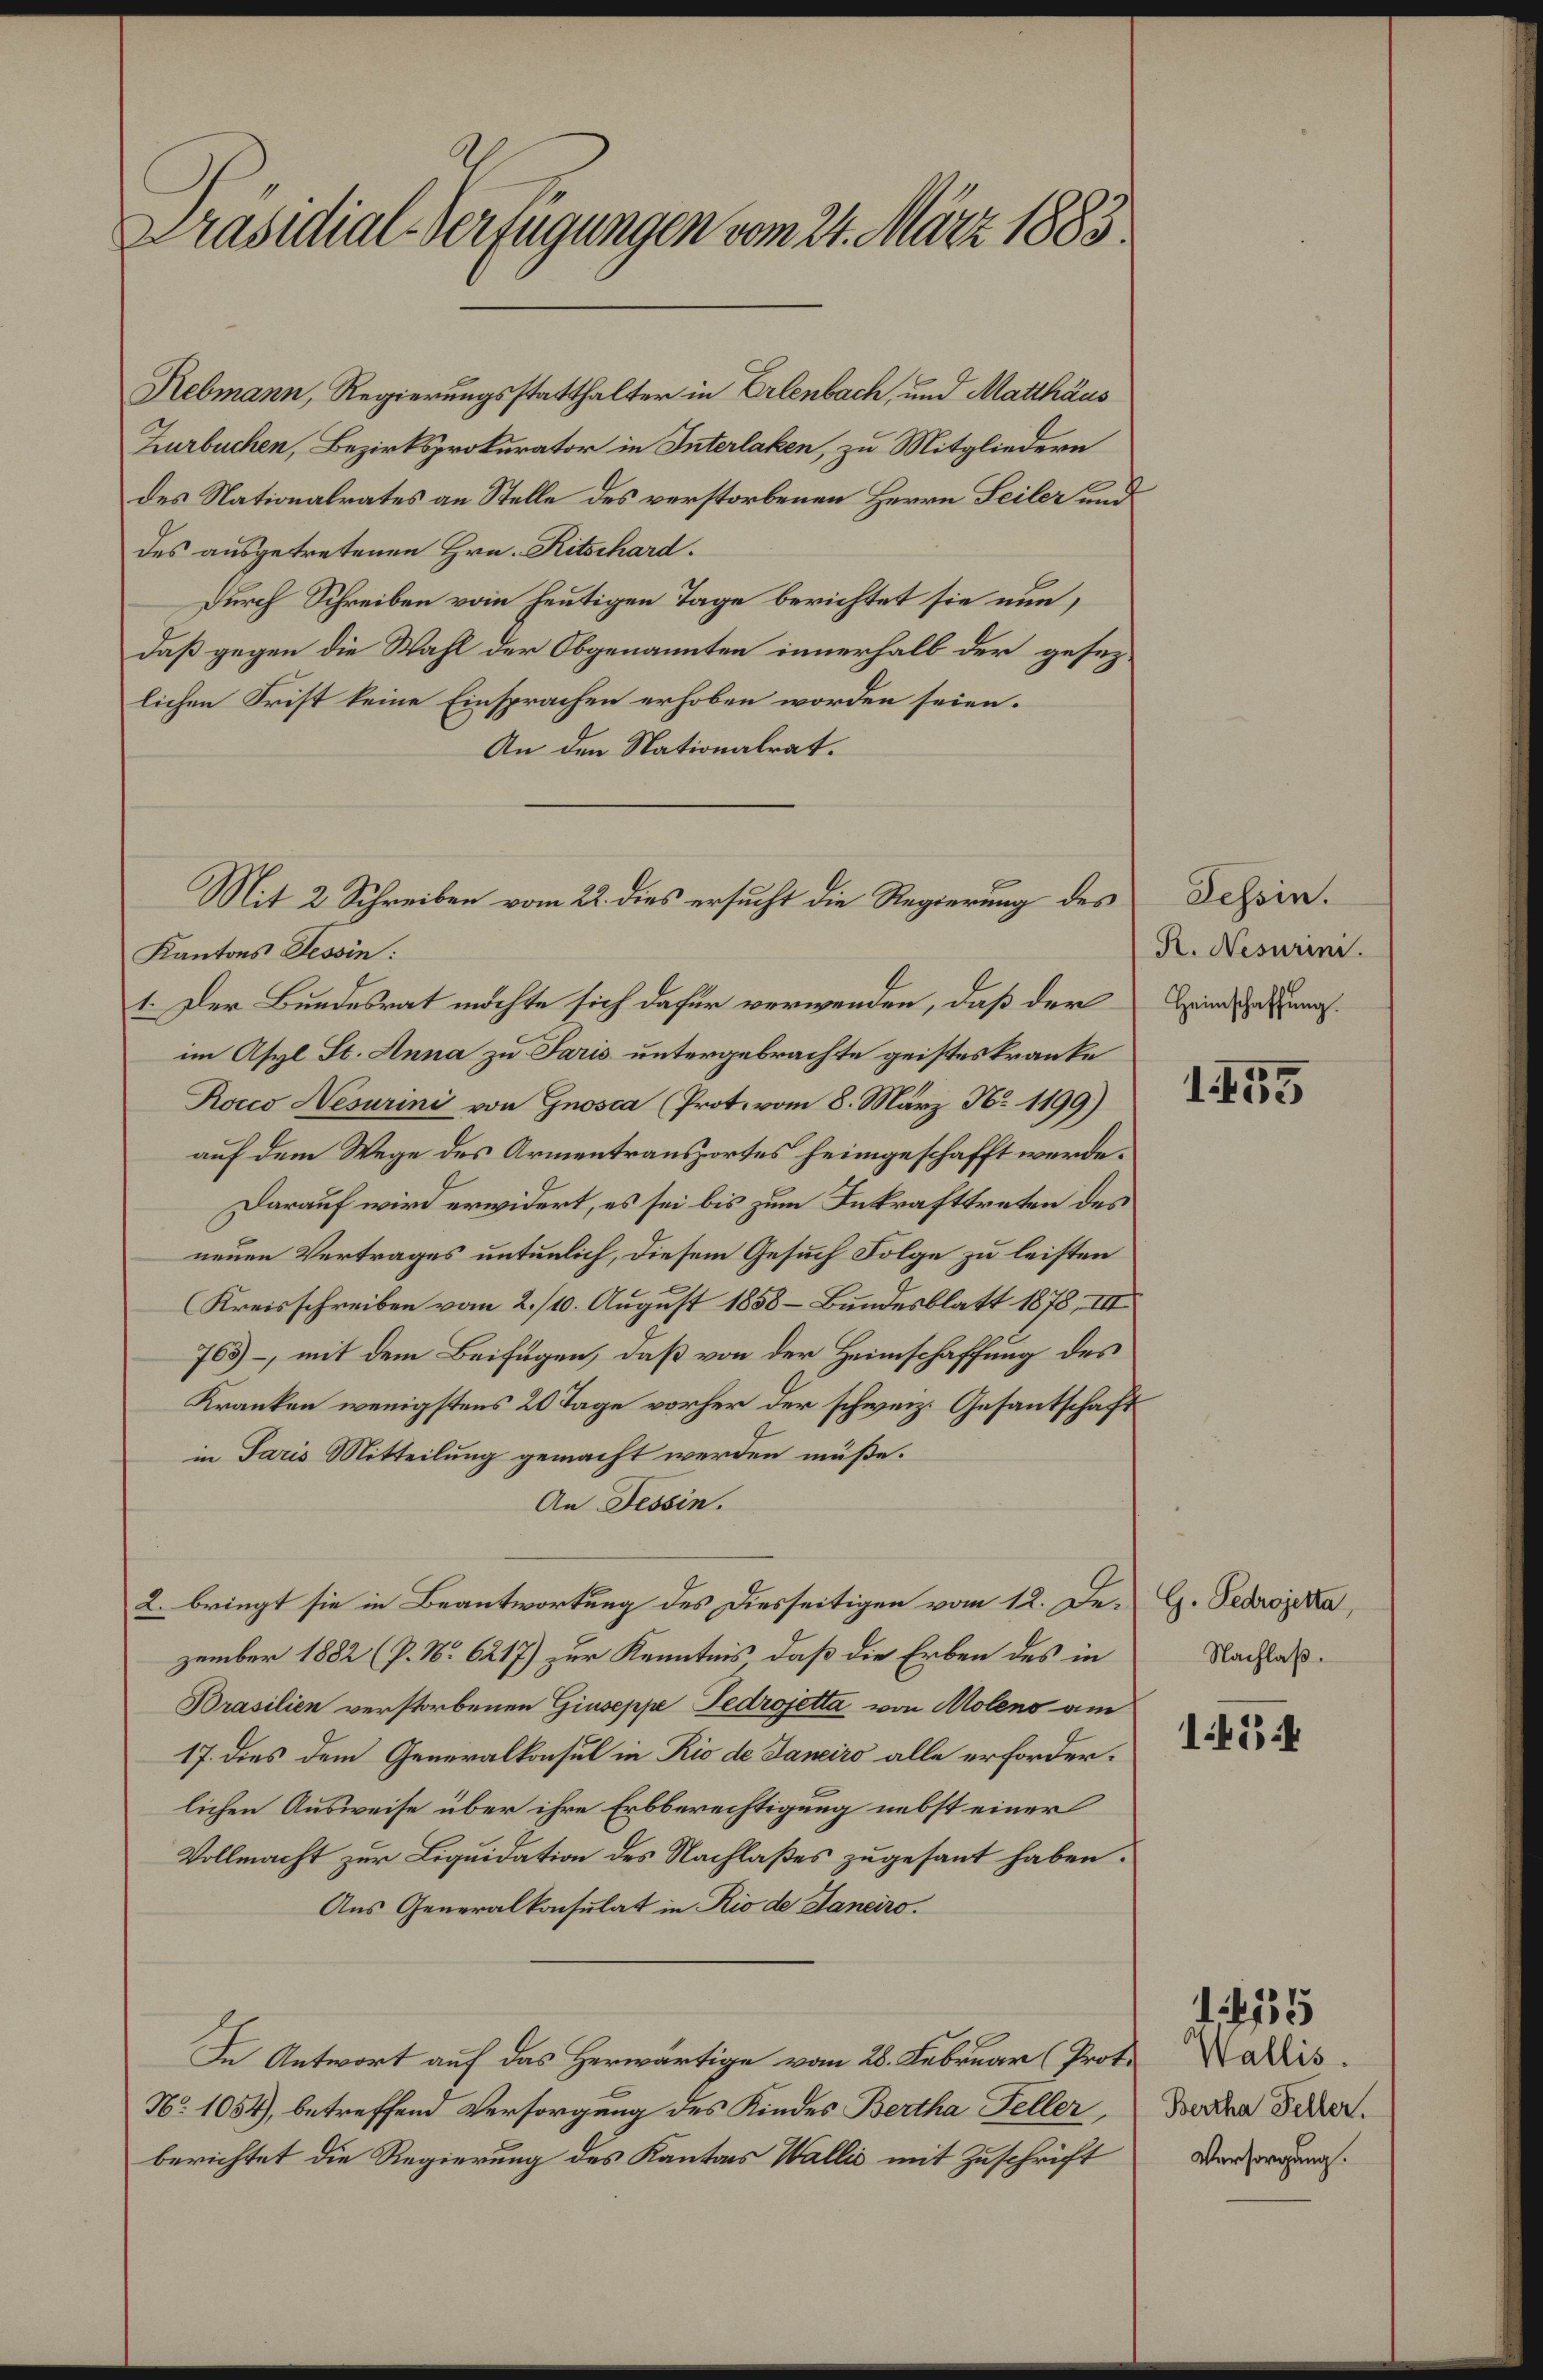
Präsidial-Verfügungen vom 24. März 1885

Rebmann, Regierungsstatthalter in Erlenbach, und Matthäus
Zurbuchen, Bezirksprokurator in Interlaken, zu Mitgliedern
des Nationalrates an Stelle des verstorbenen Herrn Seiler und
des ausgetretenen Hrn. Ritschard.
Durch Schreiben vom heutigen Tage berichtet sie nun,
daß gegen die Wahl der Obgenannten innerhalb der gesezlichen Frist keine Einsprachen erhoben worden seien.
An den Nationalrat.
Kantons Tessin:
1. Der Bundesrat möchte sich dafür verwenden, daß der Heimatungsim Asyl St. Anna zu Paris untergebrachte geisteskranke
Rocco Nesurini von Gnosca (Prot. vom 8. März No 1199)
auf dem Wege des Armentransportes heimgeschafft werde.
Darauf wird erwidert, es sei bis zum Inkrafttreten des
neuen Vertrages untenlich, diesem Gesuch Folge zu leisten
Kreisschreiben vom 2./10. August 1858 Bundesblatt 1878, III
763) – mit dem Beifügen, daß von der Heimschaffung des
Kranken wenigstens 20 Tage vorher der schweiz. Gesantschaft
in Paris Mitteilung gemacht werden müße.
An Tessin.
2. bringt sie in Beantwortung des Diesseitigen vom 12. De- G. Fedrojekta,
zember 1882 (P. No 6217) zur Kenntnis, daß die Erben des in
Brasilien verstorbenen Giuseppe Fedrojetta von Moleno am
17. dies dem Generalkonsul in Rio de Janeiro alle erforderlichen Ausweise über ihre Erbberechtigung nebst einer
Vollmacht zur Liquidation des Nachlaßes zugesant haben.
Aus Generalkonsulat in Rio de Manciro.
In Antwort auf das Herwärtige vom 28. Februar (Prot. Wallis.
No 1054), betreffend Versorgung des Kindes Bertha Feller,
berichtet die Regierung des Kantons Wallis mit Zuschrift

Mit 2 Schreiben vom 22. dies ersucht die Regierung des

Tessin.
R. Nesurini.

155

Nachlaß.

1454

Bertha Feller.
Versorgung.

1475